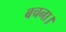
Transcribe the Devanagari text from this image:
बचना।